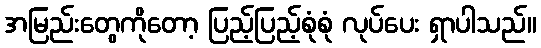
အမြည်းတွေကိုတော့ ပြည့်ပြည့်စုံစုံ လုပ်ပေး ရှာပါသည်။